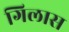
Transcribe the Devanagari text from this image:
गिलास